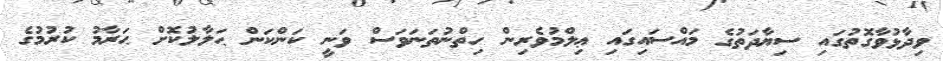
ވިދާޅުވާގޮތުގައި ސިޔާދަތުގެ މައްސަައިގައި ޢިލްމުވެރިން ހިތްނުތަނަވަސް ވަނީ ކަންކަން ޙަލާލުކޮށް ޙަރާމު ކުރުމުގެ